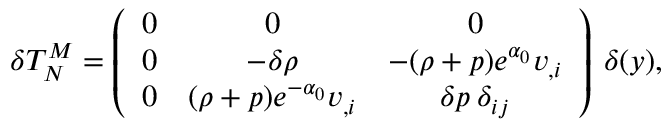
\delta T _ { N } ^ { M } = \left( \begin{array} { c c c } { { 0 } } & { { 0 } } & { { 0 } } \\ { { 0 } } & { { - \delta \rho } } & { { - ( \rho + p ) e ^ { \alpha _ { 0 } } v _ { , i } } } \\ { { 0 } } & { { ( \rho + p ) e ^ { - \alpha _ { 0 } } v _ { , i } } } & { { \delta p \: \delta _ { i j } } } \end{array} \right) \: \delta ( y ) ,